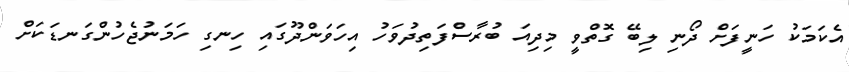
އެކަމަކު ހަނީފަށް ދޯނި ލިބޭ ގޮތްވީ މިދިއަ ބުރާސްެފަތިދުވަހު އިހަވަންދޫގައި ހިނގި ހަމަނުޖެހުންގަނޑަކަށް